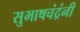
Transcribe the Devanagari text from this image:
सुभाषचंद्रंनी